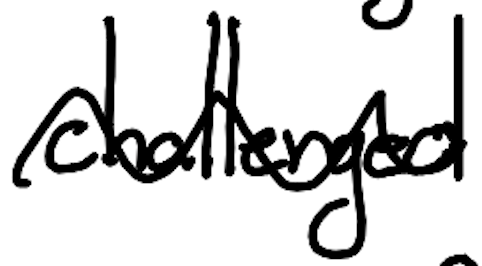
Text: challenged
Cross-out: wave
Writing tool: digital_black